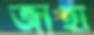
জাহা